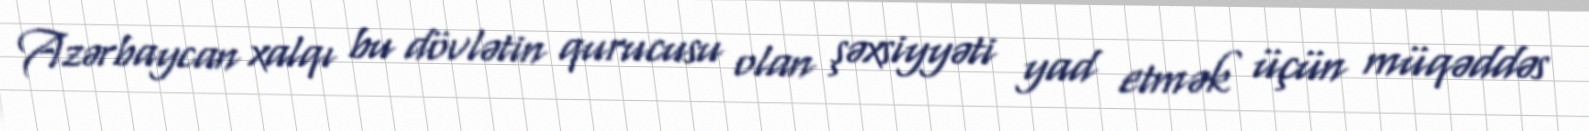
Azərbaycan xalqı bu dövlətin qurucusu olan şəxsiyyəti yad etmək üçün müqəddəs